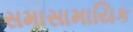
સમાસામાયિક